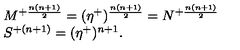
\begin{array} { l c r } { M ^ { + { \frac { n ( n + 1 ) } { 2 } } } = ( \eta ^ { + } ) ^ { { \frac { n ( n + 1 ) } { 2 } } } = N ^ { + { \frac { n ( n + 1 ) } { 2 } } } } \\ { S ^ { + ( n + 1 ) } = ( \eta ^ { + } ) ^ { n + 1 } . } \\ \end{array}